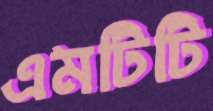
এমটিটি